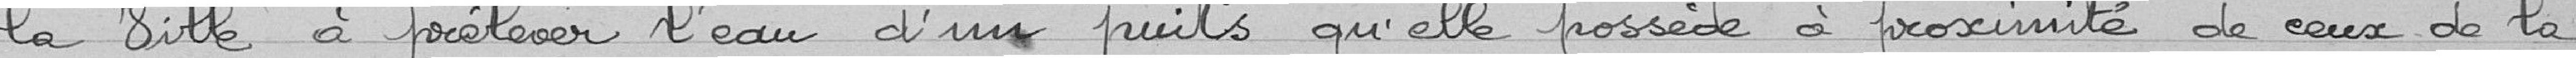
la ville à prélever l'eau d'un puits qu'elle possède à proximité de ceux de la